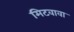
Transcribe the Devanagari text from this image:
मिटवावा